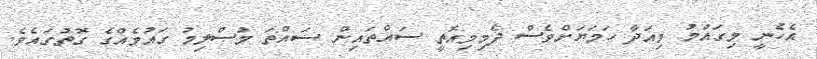
އެހެނީ މިގައުމު މިއަދާ ހަމަޔަށްވެސް ދެމިމިއޮތީ ސައްތައިން ސައްތަ މުސްލިމު ގައުމެއްގެ ގޮތުގައެވެ.